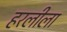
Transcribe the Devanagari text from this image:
हरलीला